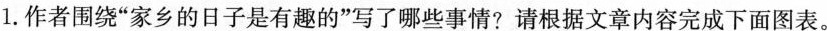
1.作者围绕“家乡的日子是有趣的”写了哪些事情?请根据文章内容完成下面图表